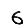
Digit: 6